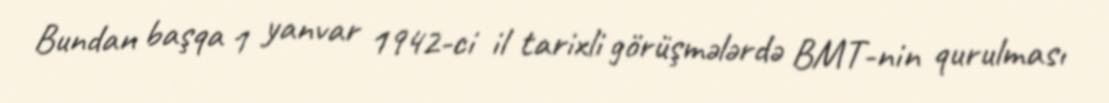
Bundan başqa 1 yanvar 1942-ci il tarixli görüşmələrdə BMT-nin qurulması